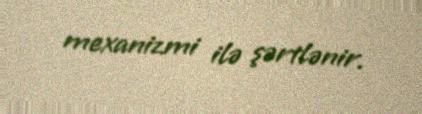
mexanizmi ilə şərtlənir.